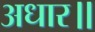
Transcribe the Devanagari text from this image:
अधार॥